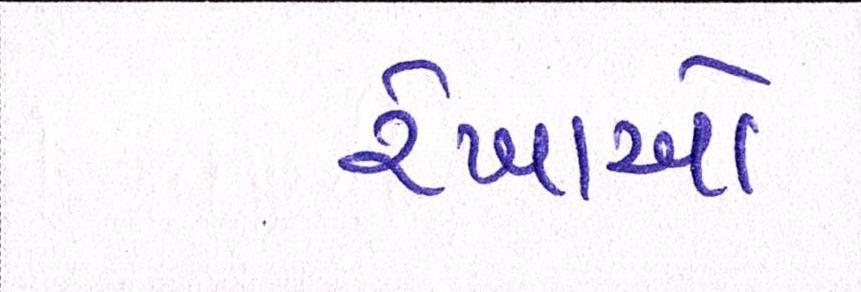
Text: રેખાઓ